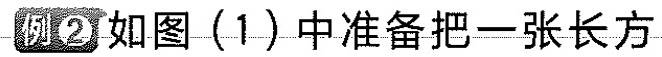
例②如图(1)中准备把一张长方